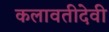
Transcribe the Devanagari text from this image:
कलावतीदेवी